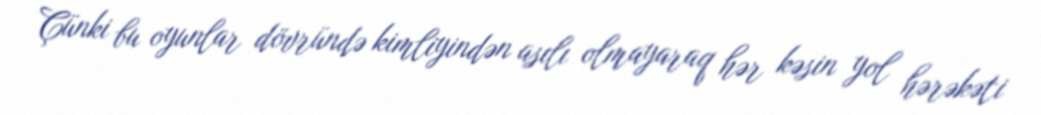
Çünki bu oyunlar dövründə kimliyindən asılı olmayaraq hər kəsin yol hərəkəti